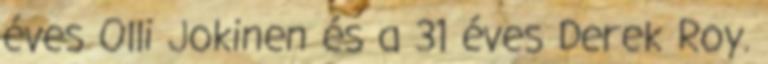
éves Olli Jokinen és a 31 éves Derek Roy.